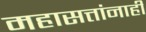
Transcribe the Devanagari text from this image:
महासत्तांनाही